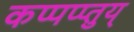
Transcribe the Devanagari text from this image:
कप्पप्प्तुय्